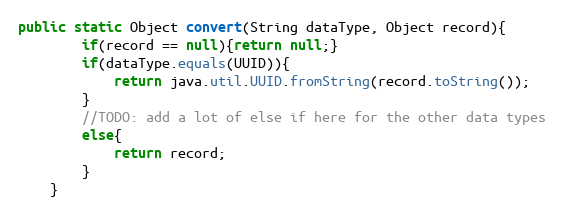
Language: Java
public static Object convert(String dataType, Object record){
		if(record == null){return null;}
		if(dataType.equals(UUID)){
			return java.util.UUID.fromString(record.toString());
		}
		//TODO: add a lot of else if here for the other data types
		else{
			return record;
		}
	}